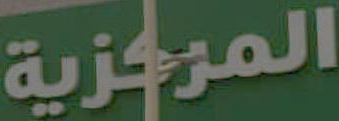
المركزية